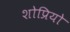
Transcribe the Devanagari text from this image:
शोप्रियो